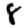
Digit: 8